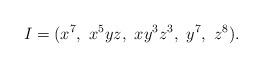
LaTeX: \begin{align*} I = (x^{7}, \ x^5 y z, \ x y^3 z^3, \ y^{7}, \ z^{8}). \end{align*}